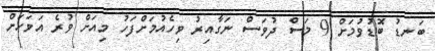
ބަނޑު ބޮޑުވުމަށް 9 މަސް ދުވަސް ނަގާއިރު ވިހެއުމަށްފަހު މިއަށް ވުރެ އަވަހަށް